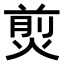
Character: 𤋎